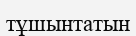
тұшынтатын